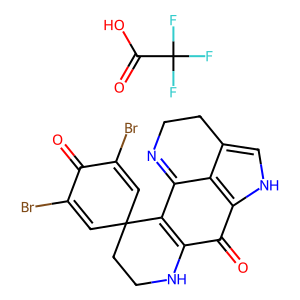
SMILES: O=C(O)C(F)(F)F.O=C1C(Br)=CC2(C=C1Br)CCNC1=C2C2=NCCc3c[nH]c(c32)C1=O
Inhibits HIV replication: No